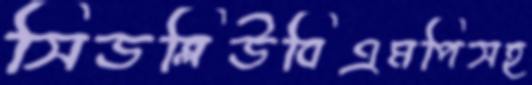
সিডব্লিউবিএমপিসহ